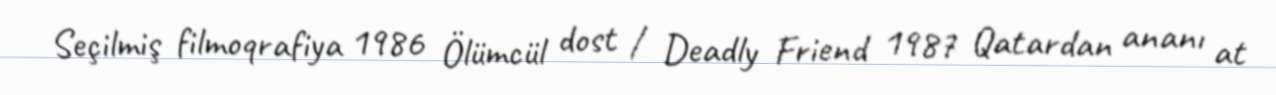
Seçilmiş filmoqrafiya 1986 Ölümcül dost / Deadly Friend 1987 Qatardan ananı at